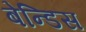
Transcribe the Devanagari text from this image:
बेन्डिस